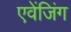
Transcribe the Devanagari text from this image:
एवेंजिंग